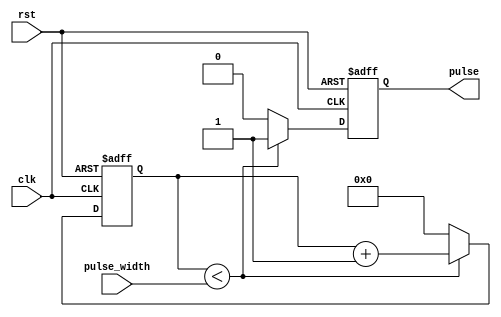
module variable_pulse_width_generator (
    input wire clk,
    input wire rst,
    input wire [7:0] pulse_width,
    output reg pulse
);

reg [7:0] counter;

always @(posedge clk or posedge rst) begin
    if (rst) begin
        pulse <= 0;
        counter <= 0;
    end else begin
        if (counter < pulse_width) begin
            pulse <= 1;
            counter <= counter + 1;
        end else begin
            pulse <= 0;
            counter <= 0;
        end
    end
end

endmodule